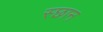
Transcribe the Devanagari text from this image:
स्छान